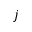
j